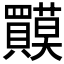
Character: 𲂷